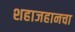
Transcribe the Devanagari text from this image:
शहाजहानचा